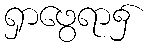
ရှာဖွေရာ၌